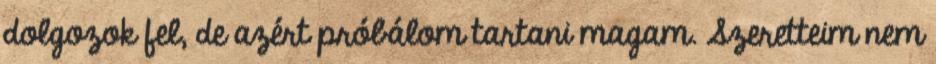
dolgozok fel, de azért próbálom tartani magam. Szeretteim nem